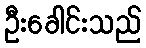
ဦးခေါင်းသည်